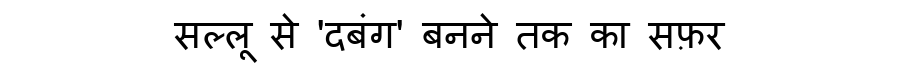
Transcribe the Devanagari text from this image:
सल्लू से 'दबंग' बनने तक का सफ़र